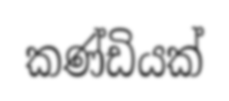
කණ්ඩියක්